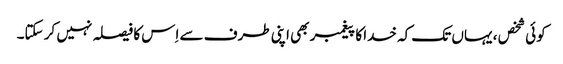
کوئی شخص ، یہاں تک کہ خدا کا پیغمبر بھی اپنی طرف سے اِس کا فیصلہ نہیں کر سکتا۔